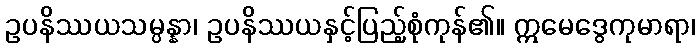
ဥပနိဿယသမ္ပန္နာ၊ ဥပနိဿယနှင့်ပြည့်စုံကုန်၏။ ဣမေဒွေကုမာရာ၊